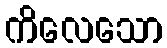
ကိလေသော